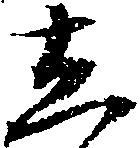
し